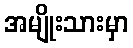
အမျိုးသားမှာ